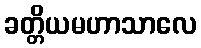
ခတ္တိယမဟာသာလေ